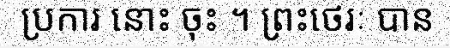
ប្រការ នោះ ចុះ ។ ព្រះថេរៈ បាន